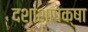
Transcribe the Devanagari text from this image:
दशांशापेक्षा